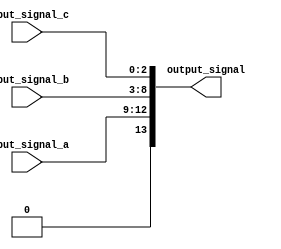
module concatenation_example (
    input wire [3:0]  input_signal_a,  // 4-bit input signal A
    input wire [5:0]  input_signal_b,  // 6-bit input signal B
    input wire [2:0]  input_signal_c,  // 3-bit input signal C
    output wire [13:0] output_signal    // 13-bit output signal (4 + 6 + 3 = 13)
);

// Continuous assignment to concatenate the input signals
assign output_signal = {input_signal_a, input_signal_b, input_signal_c};

endmodule